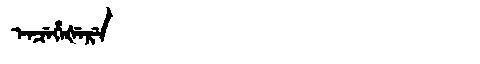
Manchu: ᡝᠨᠴᡝᡥᡝᡧᡝᡵᡝ
Romanization: ENCEHEŠERE